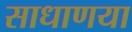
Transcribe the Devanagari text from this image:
साधाणया